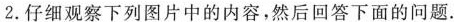
2.仔细观察下列图片中的内容，然后回答下面的问题.